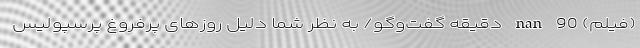
(فیلم) nan 90 دقیقه گفت‌وگو/ به نظر شما دلیل روزهای پرفروغ پرسپولیس